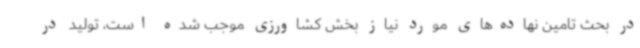
در بحث تامین نهاده‌های مورد نیاز بخش کشاورزی موجب شده است، تولید در